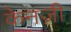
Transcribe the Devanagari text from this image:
केनजी